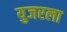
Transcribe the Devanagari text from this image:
युजरला